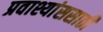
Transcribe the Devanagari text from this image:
प्रवाश्यांससाठी